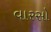
વારસો